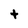
Character: t